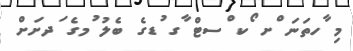
މި ާހތަނަ ްށ ޯކ ްސޓް ާގ ުޑގެ ބެލު ުމގެ ަދށަށް